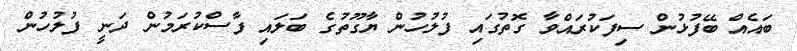
ބައެއް ބޭފުޅުން ސިފަކުރައްވާ ގޮތުގައި ފުލުހުން ޔާގޫތުގެ ބަލައި ފާސްކުރަމުން ދަނީ ފުލުހުން